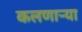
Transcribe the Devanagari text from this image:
कलणाऱ्या